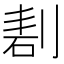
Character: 剨